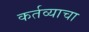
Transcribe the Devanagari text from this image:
कर्तव्याचा